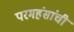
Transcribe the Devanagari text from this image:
परमहंसांची